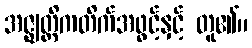
အဇ္ဈတ္တိကတိက်အဖွင့်နှင့် တူ၏။